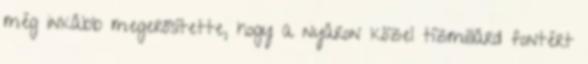
még inkább megerősítette, hogy a nyáron közel tízmilliárd fontért